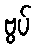
ဗွပ်